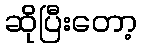
ဆိုပြီးတော့